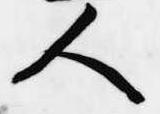
人